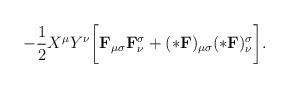
LaTeX: \begin{align*}-\frac12 X^\mu Y^\nu\biggl[{\bf F}_{\mu\sigma}{\bf F}_\nu^\sigma +(*{\bf F})_{\mu\sigma}(*{\bf F})_\nu^\sigma\biggr].\end{align*}